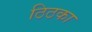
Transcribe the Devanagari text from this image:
ठिठका